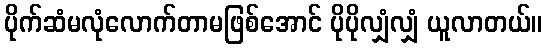
ပိုက်ဆံမလုံလောက်တာမဖြစ်အောင် ပိုပိုလျှံလျှံ ယူလာတယ်။